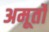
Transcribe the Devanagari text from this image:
अमूर्तो